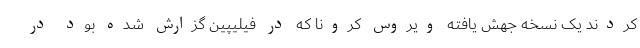
کردند یک نسخه جهش یافته ویروس کرونا که در فیلیپین گزارش شده بود در